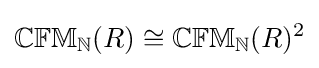
\mathbb {CFM} _{\mathbb {N} }(R)\cong \mathbb {CFM} _{\mathbb {N} }(R)^{2}